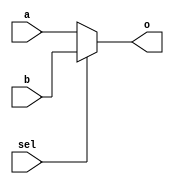
`timescale 1ns / 1ps
//////////////////////////////////////////////////////////////////////////////////
// Company: 
// Engineer: 
// 
// Design Name: 
// Module Name: multiplexer
// Project Name: 
// Target Devices: 
// Tool Versions: 
// Description: 
// 
// Dependencies: 
// 
// Revision:
// Revision 0.01 - File Created
// Additional Comments:
// 
//////////////////////////////////////////////////////////////////////////////////


module multiplexer(
        input wire a,
        input wire b,
        input wire sel,
        output wire o
    );
    
    assign o = (sel)? b: a ;
   
    
    
    
endmodule